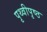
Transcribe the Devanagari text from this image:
पृथ्वीपृष्ठ